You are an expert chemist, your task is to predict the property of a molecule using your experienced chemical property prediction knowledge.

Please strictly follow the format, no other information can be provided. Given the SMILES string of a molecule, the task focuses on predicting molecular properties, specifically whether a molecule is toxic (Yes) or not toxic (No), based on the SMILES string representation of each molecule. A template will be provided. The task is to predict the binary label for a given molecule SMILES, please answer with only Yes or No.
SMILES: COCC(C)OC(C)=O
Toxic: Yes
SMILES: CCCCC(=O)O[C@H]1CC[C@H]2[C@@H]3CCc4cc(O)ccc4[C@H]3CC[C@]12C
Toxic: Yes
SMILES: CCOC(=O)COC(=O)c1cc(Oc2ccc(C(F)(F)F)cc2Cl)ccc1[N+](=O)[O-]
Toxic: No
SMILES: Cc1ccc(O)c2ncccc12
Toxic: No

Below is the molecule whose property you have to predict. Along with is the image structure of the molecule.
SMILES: OCC1CC2CC1C1CCC(CO)C21
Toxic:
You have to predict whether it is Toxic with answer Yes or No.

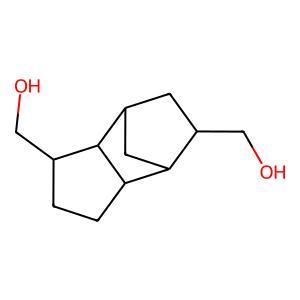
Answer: No